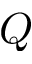
Q